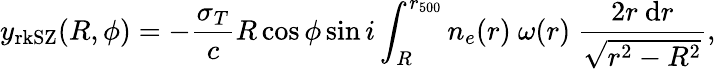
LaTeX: y_{\mathrm{rkSZ}}(R,\phi)=-\frac{\sigma_{T}}{c}R\cos\phi\sin i\int_{R}^{r_{500}}n_{e}(r)~\omega(r)~\frac{2r~\mathrm{d}r}{\sqrt{r^{2}-R^{2}}},